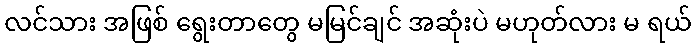
လင်သား အဖြစ် ရွေးတာတွေ မမြင်ချင် အဆုံးပဲ မဟုတ်လား မ ရယ်